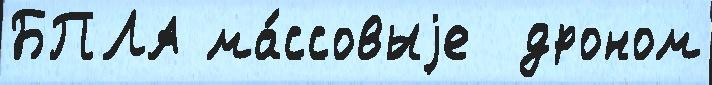
БПЛА ма́ссовыjе  дроном